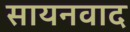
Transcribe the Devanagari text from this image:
सायनवाद